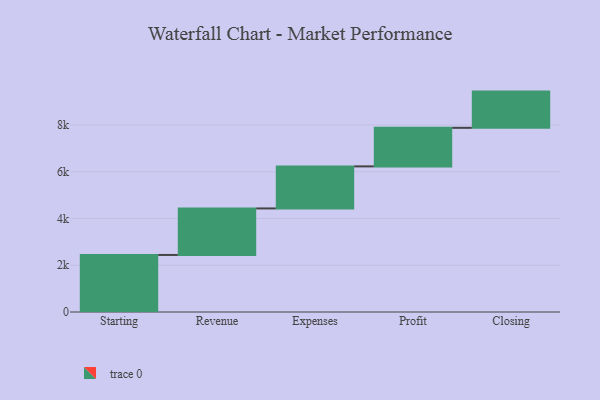
{"axis": {"x": "Step", "y": "Value"}, "legend": [""], "data": [{"x": "Starting", "y": 2441.0, "type": ""}, {"x": "Revenue", "y": 1991.0, "type": ""}, {"x": "Expenses", "y": 1799.0, "type": ""}, {"x": "Profit", "y": 1650.0, "type": ""}, {"x": "Closing", "y": 1550.0, "type": ""}]}